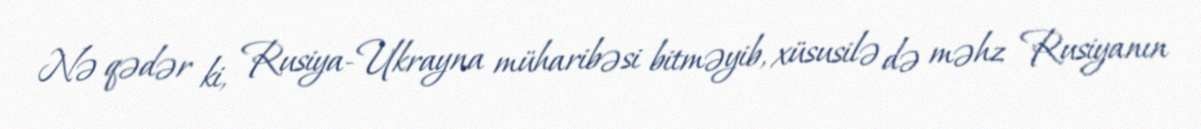
Nə qədər ki, Rusiya-Ukrayna müharibəsi bitməyib, xüsusilə də məhz Rusiyanın